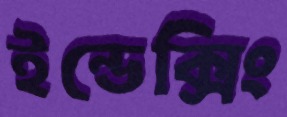
ইন্ডেক্সিং